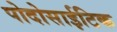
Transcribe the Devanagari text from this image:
पोदोसाईटिक